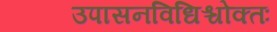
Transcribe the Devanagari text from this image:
उपासनविधिश्चोक्तः